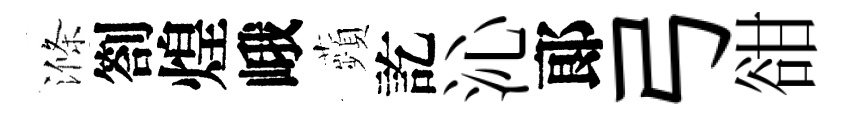
滌劄煌峨蘋訖沁郞弓𧮳